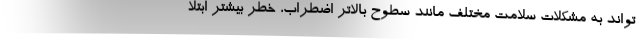
تواند به مشکلات سلامت مختلف مانند سطوح بالاتر اضطراب، خطر بیشتر ابتلا